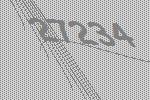
27234